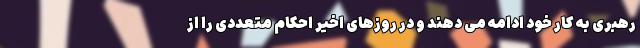
رهبری به کار خود ادامه می دهند و در روزهای اخیر احکام متعددی را از